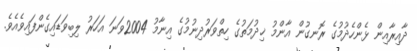
ދާއިރާއިން ޅެންހެދުމުގެ ރޮނގުން އާންމު ޚިދުމަތުގެ ހިތްވަރުދިނުމުގެ އިނާމު 2004ވަނަ އަހަރު ލިބިވަޑައިގެންފައިވެއެވެ.